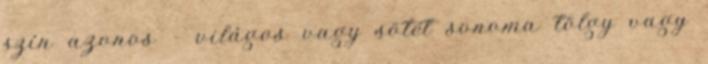
szín azonos - világos vagy sötét sonoma tölgy vagy